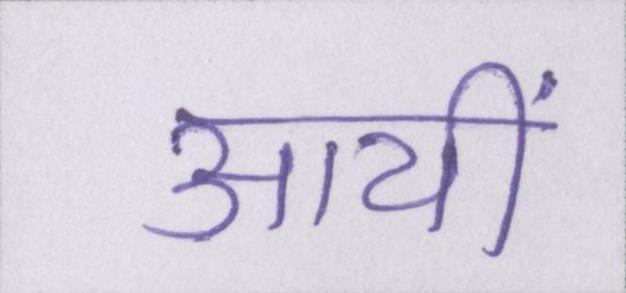
आयीं